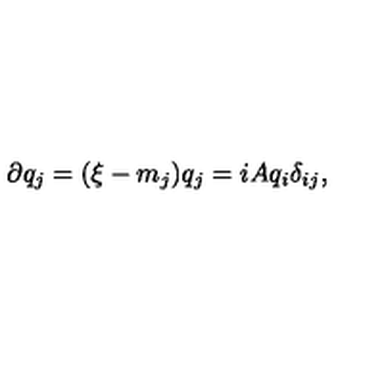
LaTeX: \partial q _ { j } = ( \xi - m _ { j } ) q _ { j } = i A q _ { i } \delta _ { i j } ,